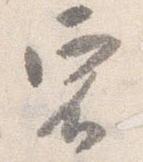
宿